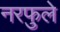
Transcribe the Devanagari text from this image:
नरफुले